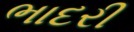
ભાદરી